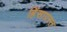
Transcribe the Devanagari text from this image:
हिंसाग्रस्त